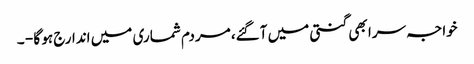
خواجہ سرا بھی گنتی میں آگئے، مردم شماری میں اندارج ہو گا - ۔